Annual report of the Civil Veterinary Department, Bengal, for the year 1898-99 - 1898-1899
Year: 1898
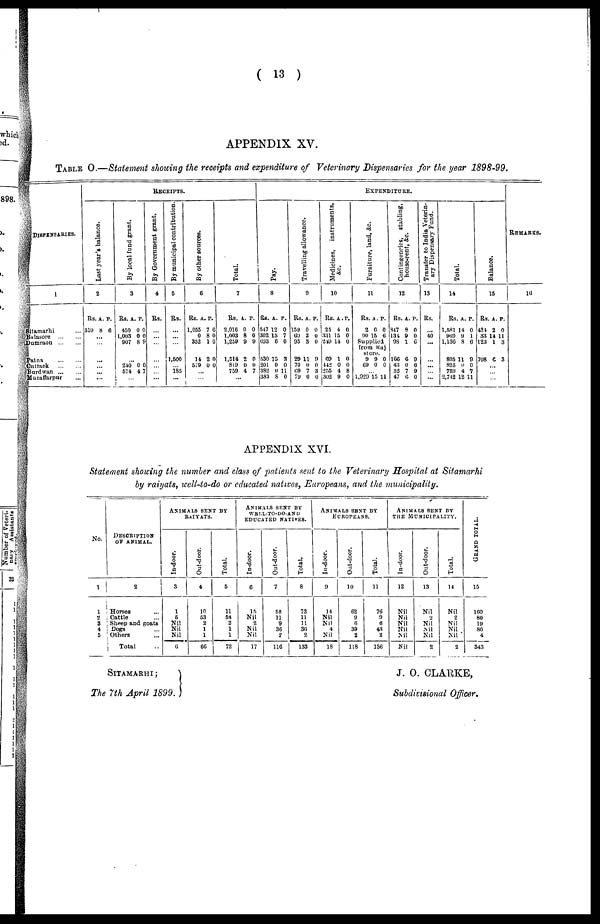
( 13 )
APPENDIX XV.
TABLE O.—Statement showing the receipts and expenditure of Veterinary Dispensaries for the year 1898-99.
DISPENSARIES.
1
Sitamarhi ...
Balasore
...
...
Dumraon
...
...
Patna
...
...
Cuttaok
...
...
Bardwan ... ...
Muzuffarpur ...
RECEIPTS
L
ast year's balance.
2
Rs.
510
...
...
...
...
...
... ...
A.
8
P.
8
By local fund grant.
3
Rs.
450
1,003
907
...
240
674
...
A.
0
0
8
0
4
P.
0
0
9
7
By Government grant.
4
Rs.
...
...
...
...
...
...
...
By municipal contribution.
5
Rs.
...
...
...
1,600
...
183
...
By other sources.
6
Rs.
1,055
0
362
14
5 9
...
...
A.
7 6
8
1
2
0 0
P.
0
0
0
Total.
7
Rs.
2,016
1,003
1,259
1,514
819 0 0
759
...
A.
0
8
9
2
4
P.
0
0
9
0
7
EXPENDITURE.
Pay.
8
Rs.
547
302
693
530
201
382
383
A.
12
15
6
15
0
0
8
P.
0
7
0
8
0
11
0
Travelling allowance.
9
Rs
159
69 2 0
95
29
70
69
79
A.
0
3
11
0 0
7
0
P.
0
0
9
3
0
Me di c i
ne s , i
ns t
r
ume nt s .
10
Rs.
25
334 15 0
269 14 0
69
642
255
|302
A.
4
1
0
4
9
P.
0
0
0
8
0
Fur ni t
ur e, land, &c.
11
Rs.
2
90 1
Supp
from
Mo
9
69
... 1,929
A.
0
5
lie
Ra
rn.
9
0
15
P.
0
0
d
j
0
0
11
Contingencies, stabling,
house-rent, &c.
12
Rs.
847
134
98
166
43
52
47
A.
9
0
1
6
0
7
6
P.
0
0
6
9
0
9
0
Transfer to India Veterin-
ary Dispensary Fund.
13
Rs.
...
40
...
...
...
...
...
Tot al
.
14
Rs.
1.581
989 91
1,130
805
825
759
2,742
A.
14
8
11
0
4
12
p.
0
6
9
0
7
11
Bal ance.
15
Rs
434
33
123
.
708
...
... ...
. A.
2
14
1
6
p.
0
11
3
3
REMARKS.
16
APPENDIX XVI.
Statement showing the number and class of patients sent to the Veterinary Hospital at Sitamarhi
by raiyats, well-to-do or educated natives, Europeans, and the municipality.
No.
1
1
2
3
4
5
DESCRIPTION
OF ANIMAL.
2
Horses ...
Cattle ...
Sheep and goats
Dogs ...
Others...
Total ...
ANIMALS SENT BY
RAIYATS.
I n- door .
3
1
6
Nil
Nil
Nil
6
Out-door.
4
10
53
2
1
1
66
Tot al .
5
11
58
2
1
1
72
ANIMALS SENT BY
WBLL-TO-DO-ANDz
EDUCATED NATIVES.
I n- door .
6
15
Nil
2
Nil
Nil
17
Out -
door .
7
58
11
9
36
2
116
Total.
8
73
11
11
36
2
133
ANIMALS SENT BY
EUROPEANS.
I n- door .
9
14
Nil
Nil
4
Nil
18
Out -
door .
10
62
9
6
39
2
118
Tot al .
11
76
9 6
43
2
186
ANIMALS SENT BY
THE MUNICIPALITY.
I n- door .
12
Nil
Nil
Nil
Nil
Nil
Nil
Out -
door .
13
Nil
2 Nil
Ml
Nil
2
Tot al .
14
Nil
2
Nil
Nil
Nil
2
GRAND TOTAL.
15
100
80
19
80
4
343
SITAMARHI;
The 7th April 1899.
J. O. CLARKE,
Subdivisonal Officer.